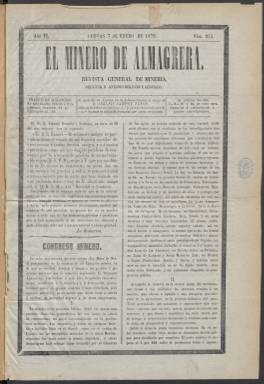
Título: El Minero de Almagrera
Colección: Minería
Ámbito geográfico: Almería
Lugar de publicación: Cuevas de Almanzora (Almería)
Fechas: 07/01/1879-31/12/1902